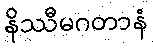
နိဿီမဂတာနံ